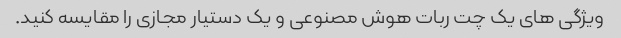
ویژگی های یک چت ربات هوش مصنوعی و یک دستیار مجازی را مقایسه کنید.